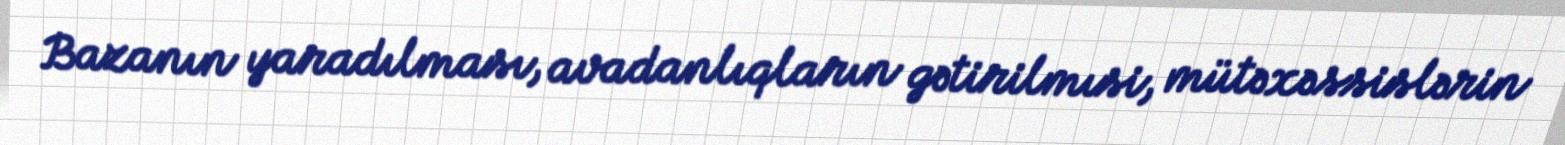
Bazanın yaradılması, avadanlıqların gətirilmısi, mütəxəssislərin